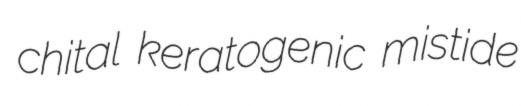
chital keratogenic mistide